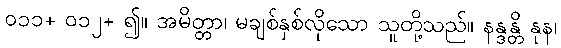
၀၁၁+ ၀၁၂+ ၍။ အမိတ္တာ၊ မချစ်နှစ်လိုသော သူတို့သည်။ နန္ဒန္တိ နုန၊